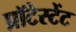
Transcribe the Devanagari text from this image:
प्रॉटेस्टेंट